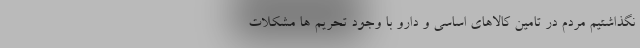
نگذاشتیم مردم در تامین کالاهای اساسی و دارو با وجود تحریم ها مشکلات